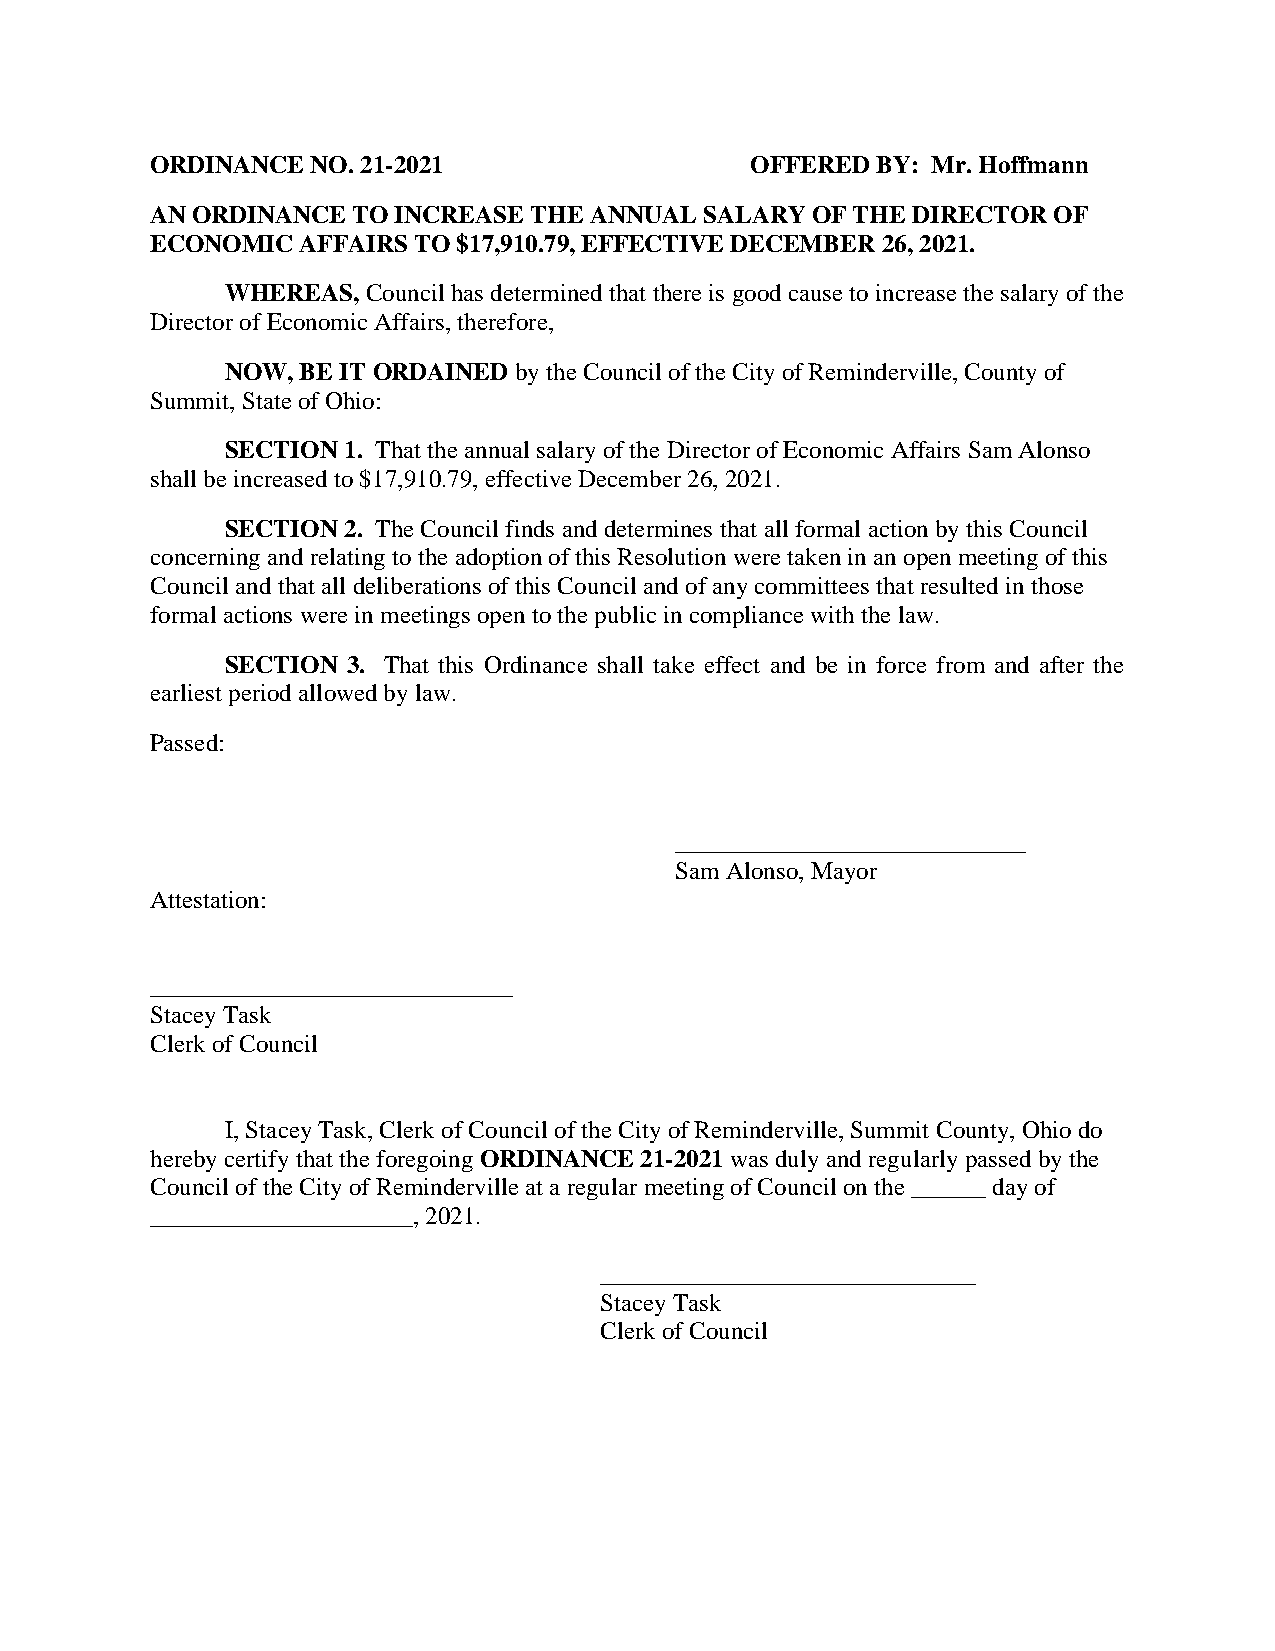
ORDINANCE  NO. 21-2021                  OFFERED BY: Mr. Hoffmann
 AN ORDINANCE TO INCREASE THE ANNUAL  SALARY OF THE DIRECTOR OF
 ECONOMIC  AFFAIRS TO $17,910.79, EFFECTIVE DECEMBER 26, 2021.
 WHEREAS, Council has determined that there is good cause to increase the salary of the
 Director of Economic Affairs, therefore,
 NOW, BE IT ORDAINED by the Council of the City of Reminderville, County of
 Summit, State of Ohio:
 SECTION 1. That the annual salary of the Director of Economic Affairs Sam Alonso
 shall be increased to $17,910.79, effective December 26, 2021.
 SECTION 2. The Council finds and determines that all formal action by this Council
 concerning and relating to the adoption of this Resolution were taken in an open meeting of this
 Council and that all deliberations of this Council and of any committees that resulted in those
 formal actions were in meetings open to the public in compliance with the law.
 SECTION 3. That this Ordinance shall take effect and be in force from and after the
 earliest period allowed by law.
 Passed:
 ____________________________
 Sam Alonso, Mayor
 Attestation:
 _____________________________
 Stacey Task
 Clerk of Council
 I, Stacey Task, Clerk of Council of the City of Reminderville, Summit County, Ohio do
 hereby certify that the foregoing ORDINANCE 21-2021 was duly and regularly passed by the
 Council of the City of Reminderville at a regular meeting of Council on the ______ day of
 _____________________, 2021.
 ______________________________
 Stacey Task
 Clerk of Council